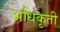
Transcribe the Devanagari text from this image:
अधिकृती